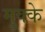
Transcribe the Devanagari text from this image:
मुक्‍के